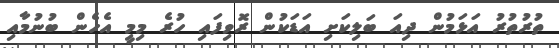
ތުރުތުރު އަޅަމުން ދިއަ ބަލިކަށި އަޑަކުން ރޮވިފައި ހުރެ މިމީ އެހެން ބުނުމާއި